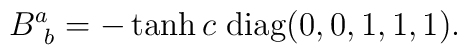
B^a_{~b} = -\tanh c\ {\rm diag}(0,0,1,1,1).